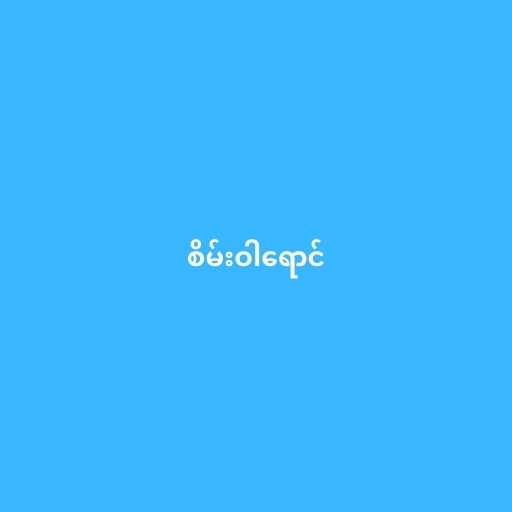
စိမ်းဝါရောင်